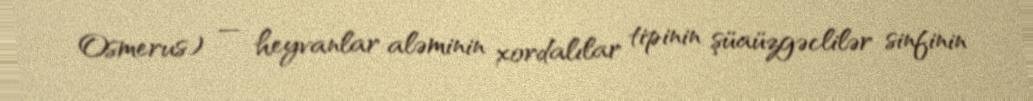
Osmerus) — heyvanlar aləminin xordalılar tipinin şüaüzgəclilər sinfinin